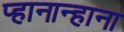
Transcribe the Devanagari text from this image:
प्हानान्हाना